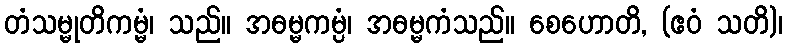
တံသမ္မုတိကမ္မံ၊ သည်။ အဓမ္မကမ္ပံ၊ အဓမ္မကံသည်။ စေဟောတိ, (ဧဝံ သတိ)၊